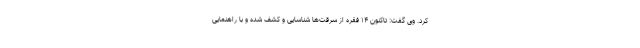
کرد. وی گفت: تاکنون ۱۴ فقره از سرقت‌ها شناسایی و کشف شده و با راهنمایی